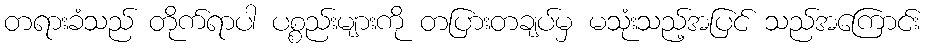
တရားခံသည် တိုက်ရာပါ ပစ္စည်းများကို တပြားတချပ်မှ မသုံးသည့်အပြင် သည်အကြောင်း